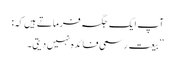
آپ ایک جگہ فرماتے ہیں کہ:
’’بیعت رسمی فائدہ نہیں دیتی۔